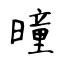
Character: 曈